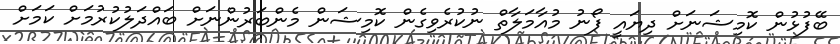
ބޭފުޅުން ކޮމިޝަނަށް ދިޔައީ ފޯނު މުއާމަލާތް ނުކުރެވިގެން ކޮމިޝަން މެންބަރުންނަށް ބައްދަލުކުރުމަށް ކަމަށް